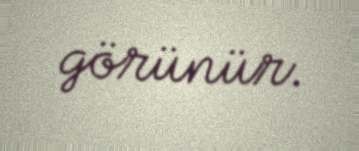
görünür.